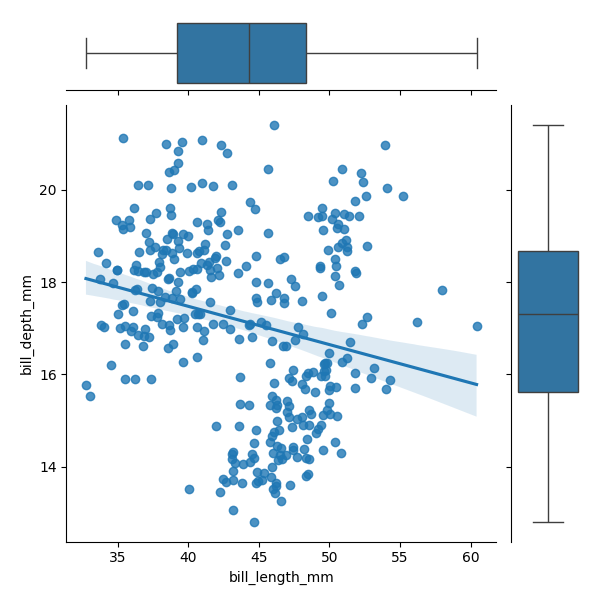
python, seaborn, JointGrid, regplot, boxplot